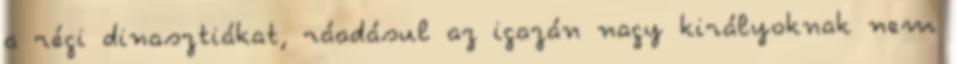
a régi dinasztiákat, ráadásul az igazán nagy királyoknak nem